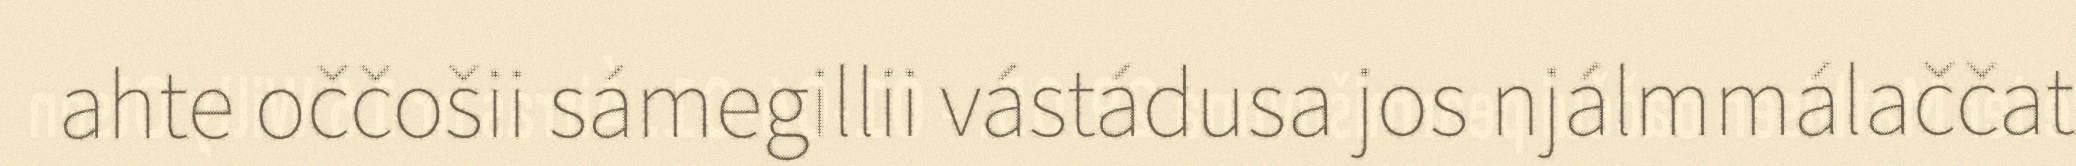
ahte oččošii sámegillii vástádusa jos njálmmálaččat